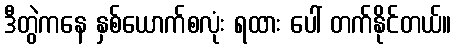
ဒီတွဲကနေ နှစ်ယောက်စလုံး ရထား ပေါ် တက်နိုင်တယ်။